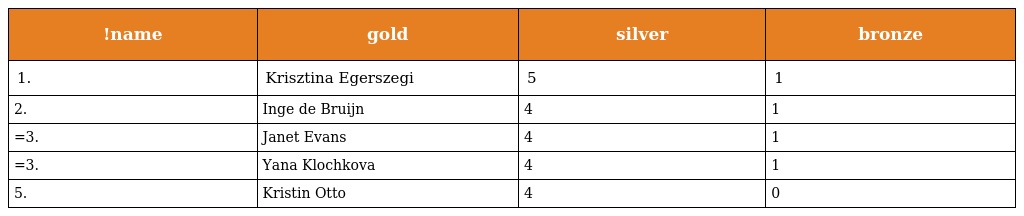
| !name | gold | silver | bronze |
 | --- | --- | --- | --- |
 | 1. | Krisztina Egerszegi | 5 | 1 |
 | 2. | Inge de Bruijn | 4 | 1 |
 | =3. | Janet Evans | 4 | 1 |
 | =3. | Yana Klochkova | 4 | 1 |
 | 5. | Kristin Otto | 4 | 0 |